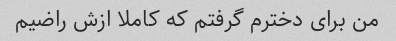
من برای دخترم گرفتم که کاملا ازش راضیم